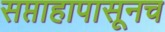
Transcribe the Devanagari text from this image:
सप्ताहापासूनच